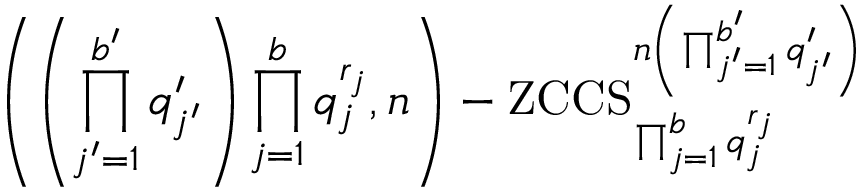
\left( \left( \prod _ { j ^ { \prime } = 1 } ^ { b ^ { \prime } } q _ { j ^ { \prime } } ^ { \prime } \right) \prod _ { j = 1 } ^ { b } q _ { j } ^ { r _ { j } } , n \right) - \mathrm { Z C C S } _ { \prod _ { j = 1 } ^ { b } q _ { j } ^ { r _ { j } } } ^ { n \left( \prod _ { j ^ { \prime } = 1 } ^ { b ^ { \prime } } q _ { j ^ { \prime } } ^ { \prime } \right) }